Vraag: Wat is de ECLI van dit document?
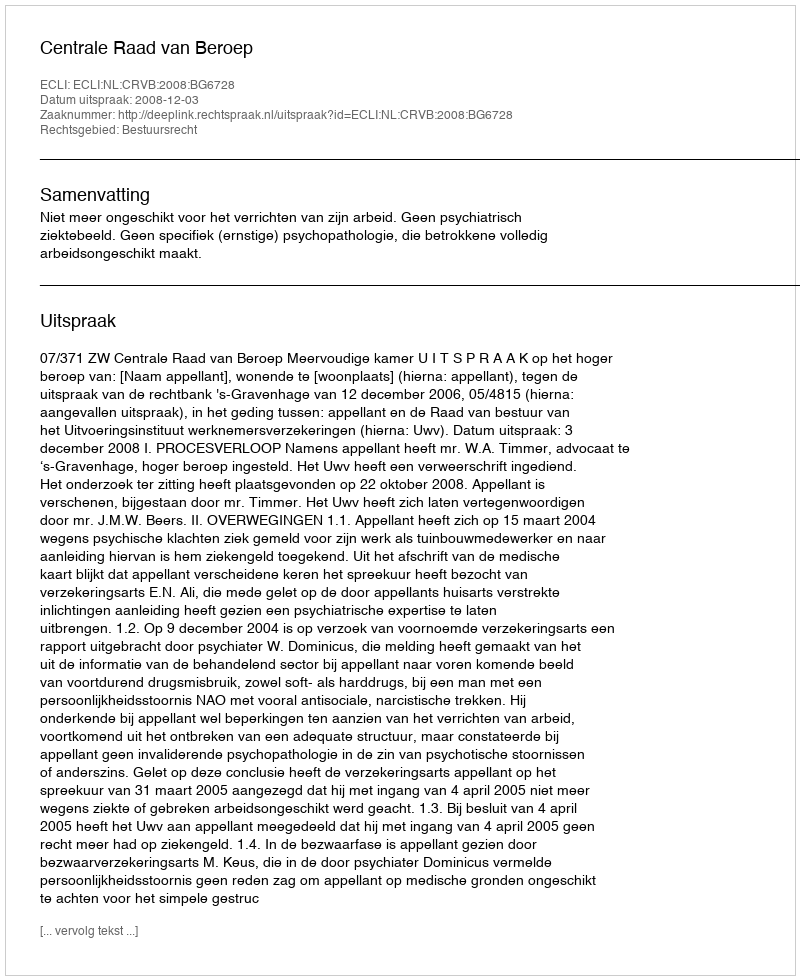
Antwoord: ECLI:NL:CRVB:2008:BG6728